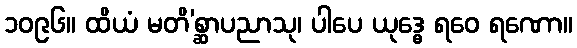
၁၀၉၆။ ထိယံ မတိ’စ္ဆာပညာသု၊ ပါပေ ယုဒ္ဓေ ရဝေ ရဏော။